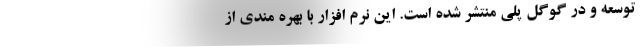
توسعه و در گوگل پلی منتشر شده است. این نرم افزار با بهره مندی از